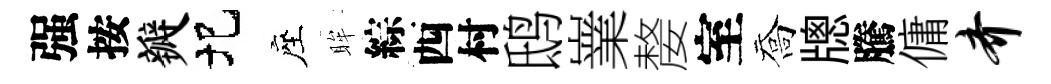
强按瓣圯座眸綜西村鸱嶪嫠室喬牕騰傭齐